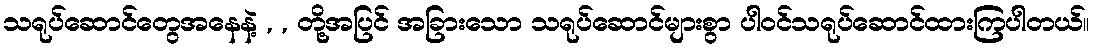
သရုပ်ဆောင်တွေအနေနဲ့ , , တို့အပြင် အခြားသော သရုပ်ဆောင်များစွာ ပါဝင်သရုပ်ဆောင်ထားကြပါတယ်။